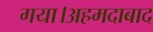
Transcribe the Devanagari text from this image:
गया।अहमदाबाद